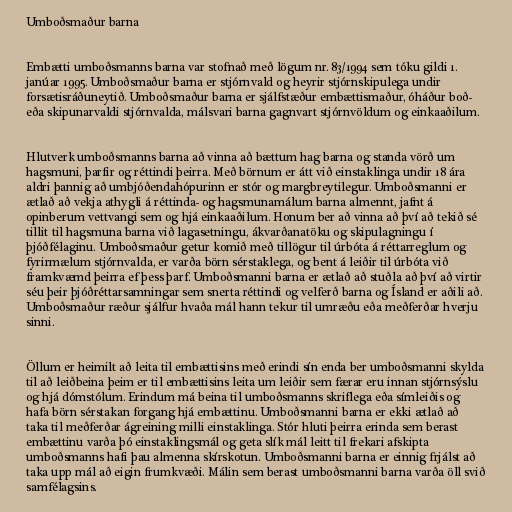
Umboðsmaður barna

Embætti umboðsmanns barna var stofnað með lögum nr. 83/1994 sem tóku gildi 1.
janúar 1995. Umboðsmaður barna er stjórnvald og heyrir stjórnskipulega undir
forsætisráðuneytið. Umboðsmaður barna er sjálfstæður embættismaður, óháður boð-
eða skipunarvaldi stjórnvalda, málsvari barna gagnvart stjórnvöldum og einkaaðilum.

Hlutverk umboðsmanns barna að vinna að bættum hag barna og standa vörð um
hagsmuni, þarfir og réttindi þeirra. Með börnum er átt við einstaklinga undir 18 ára
aldri þannig að umbjóðendahópurinn er stór og margbreytilegur. Umboðsmanni er
ætlað að vekja athygli á réttinda- og hagsmunamálum barna almennt, jafnt á
opinberum vettvangi sem og hjá einkaaðilum. Honum ber að vinna að því að tekið sé
tillit til hagsmuna barna við lagasetningu, ákvarðanatöku og skipulagningu í
þjóðfélaginu. Umboðsmaður getur komið með tillögur til úrbóta á réttarreglum og
fyrirmælum stjórnvalda, er varða börn sérstaklega, og bent á leiðir til úrbóta við
framkvæmd þeirra ef þess þarf. Umboðsmanni barna er ætlað að stuðla að því að virtir
séu þeir þjóðréttarsamningar sem snerta réttindi og velferð barna og Ísland er aðili að.
Umboðsmaður ræður sjálfur hvaða mál hann tekur til umræðu eða meðferðar hverju
sinni.

Öllum er heimilt að leita til embættisins með erindi sín enda ber umboðsmanni skylda
til að leiðbeina þeim er til embættisins leita um leiðir sem færar eru innan stjórnsýslu
og hjá dómstólum. Erindum má beina til umboðsmanns skriflega eða símleiðis og
hafa börn sérstakan forgang hjá embættinu. Umboðsmanni barna er ekki ætlað að
taka til meðferðar ágreining milli einstaklinga. Stór hluti þeirra erinda sem berast
embættinu varða þó einstaklingsmál og geta slík mál leitt til frekari afskipta
umboðsmanns hafi þau almenna skírskotun. Umboðsmanni barna er einnig frjálst að
taka upp mál að eigin frumkvæði. Málin sem berast umboðsmanni barna varða öll svið
samfélagsins.